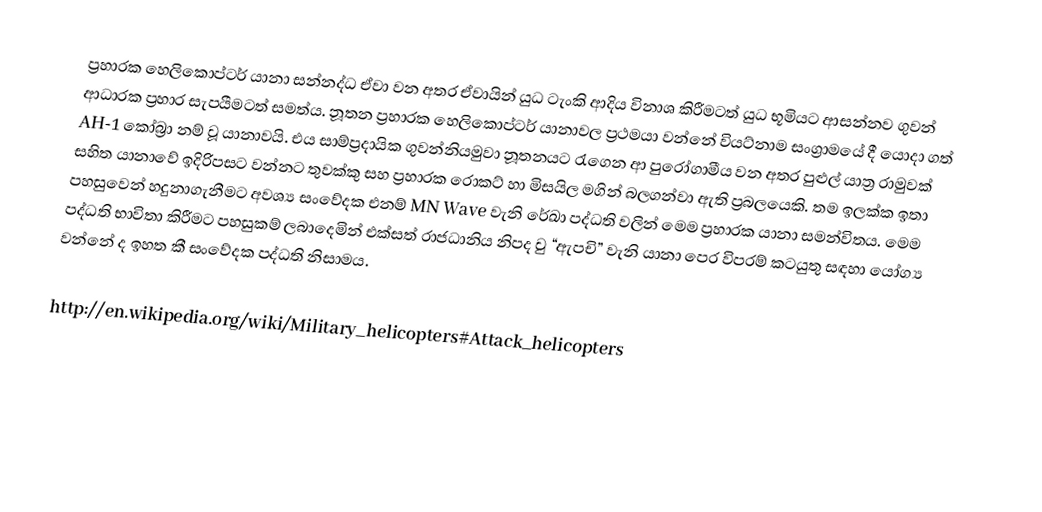
ප්‍රහාරක හෙලිකොප්ටර් යානා සන්නද්ධ ඒවා වන අතර ඒවායින් යුධ ටැංකි ආදිය විනාශ කිරීමටත් යුධ භූමියට ආසන්නව ගුවන්  ආධාරක ප්‍රහාර සැපයීමටත් සමත්ය. නූතන ප්‍රහාරක හෙලිකොප්ටර් යානාවල ප්‍රථමයා වන්නේ වියට්නාම සංග්‍රාමයේ දී යොදා ගත් AH-1 කෝබ්‍රා නම් වූ යානාවයි. එය සාම්ප්‍රදායික ගුවන්නියමුවා නූතනයට රැගෙන ආ පුරෝගාමීය වන අතර පුළුල් යාත්‍ර රාමුවක් සහිත යානාවේ ඉදිරිපසට වන්නට තුවක්කු සහ ප්‍රහාරක රොකට් හා මිසයිල මගින් බලගන්වා ඇති  ප්‍රබලයෙකි. තම ඉලක්ක ඉතා පහසුවෙන් හදුනාගැනීමට අවශ්‍ය සංවේදක එනම් MN Wave වැනි රේඛා පද්ධති වලින් මෙම ප්‍රහාරක යානා සමන්විතය. මෙම පද්ධති භාවිතා කිරීමට පහසුකම් ලබාදෙමින් එක්සත් රාජධානිය නිපද වු “ඇපචි” වැනි යානා පෙර විපරම් කටයුතු සඳහා යෝග්‍ය වන්නේ ද ඉහත කී සංවේදක පද්ධති නිසාමය.

http://en.wikipedia.org/wiki/Military_helicopters#Attack_helicopters